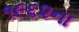
૧૯૬૨ના